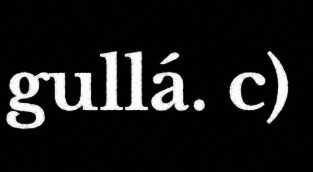
gullá. c)